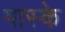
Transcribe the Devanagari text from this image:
गास्के